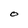
Character: O